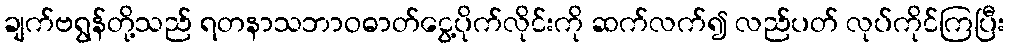
ချက်ဗရွန်တို့သည် ရတနာသဘာဝဓာတ်ငွေ့ပိုက်လိုင်းကို ဆက်လက်၍ လည်ပတ် လုပ်ကိုင်ကြပြီး